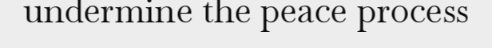
undermine the peace process